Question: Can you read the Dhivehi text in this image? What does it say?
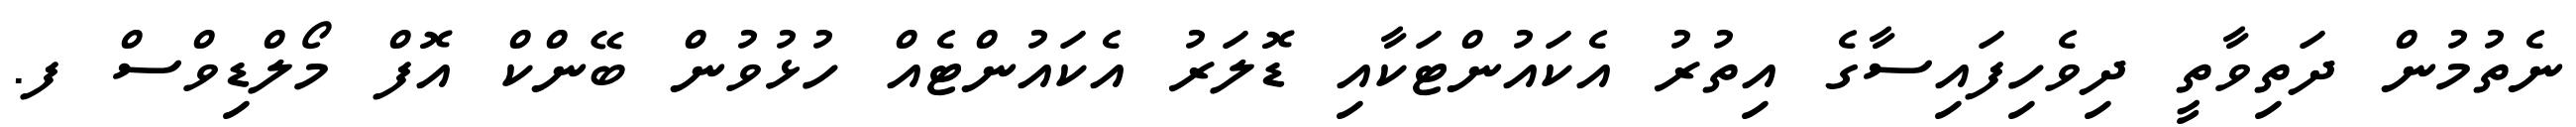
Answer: ނެތުމުން ދަތިވާތީ ދިވެހިފައިސާގެ އިތުރު އެކައުންޓަކާއި ޑޮލަރު އެކައުންޓެއް ހުޅުވުން ބޭންކް އޮފް މޯލްޑިވްސް ފ.